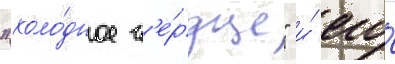
"холо́дное с'е́рдце" и́ его́